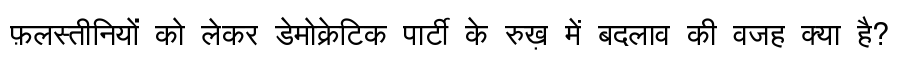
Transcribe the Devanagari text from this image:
फ़लस्तीनियों को लेकर डेमोक्रेटिक पार्टी के रुख़ में बदलाव की वजह क्या है?